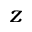
z